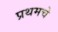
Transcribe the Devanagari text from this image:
प्रथमचे